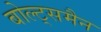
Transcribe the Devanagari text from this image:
बोल्ट्समैन